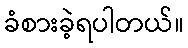
ခံစားခဲ့ရပါတယ်။